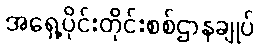
အရှေ့ပိုင်းတိုင်းစစ်ဌာနချုပ်